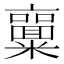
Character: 𱹨